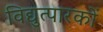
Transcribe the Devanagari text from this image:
विद्युत्पारकों